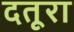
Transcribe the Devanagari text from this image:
दतूरा